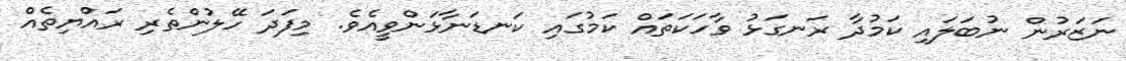
ނަޒަރުން ނުބަލައި ކަމުދާ ރަނގަޅު ވާހަކަތައް ކަމުގައި ކަނޑަނާޅަންވީއެވެ. މިފަދަ ހޭލުންތެރި ރައްޔިތެއް